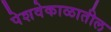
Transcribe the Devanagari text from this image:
पेशवेकाळातील